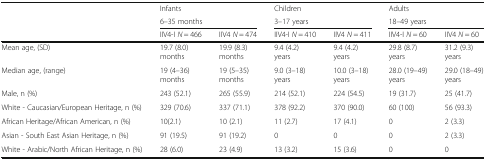
|  | <COLSPAN=2> Infants | <COLSPAN=2> Children | <COLSPAN=2> Adults |
 |  | <COLSPAN=2> 6–35 months | <COLSPAN=2> 3–17 years | <COLSPAN=2> 18–49 years |
 |  | IIV4-I N = 466 | IIV4 N = 474 | IIV4-I N = 410 | IIV4 N = 411 | IIV4-I N = 60 | IIV4 N = 60 |
 | --- | --- | --- | --- | --- | --- | --- |
 | Mean age, (SD) | 19.7 (8.0) months | 19.9 (8.3) months | 9.4 (4.2) years | 9.4 (4.2) years | 29.8 (8.7) years | 31.2 (9.3) years |
 | Median age, (range) | 19 (4–36) months | 19 (5–35) months | 9.0 (3–18) years | 10.0 (3–18) years | 28.0 (19–49) years | 29.0 (18–49) years |
 | Male, n (%) | 243 (52.1) | 265 (55.9) | 214 (52.1) | 224 (54.5) | 19 (31.7) | 25 (41.7) |
 | White - Caucasian/European Heritage, n (%) | 329 (70.6) | 337 (71.1) | 378 (92.2) | 370 (90.0) | 60 (100) | 56 (93.3) |
 | African Heritage/African American, n (%) | 10(2.1) | 10 (2.1) | 11 (2.7) | 17 (4.1) | 0 | 2 (3.3) |
 | Asian - South East Asian Heritage, n (%) | 91 (19.5) | 91 (19.2) | 0 | 0 | 0 | 2 (3.3) |
 | White - Arabic/North African Heritage, n (%) | 28 (6.0) | 23 (4.9) | 13 (3.2) | 15 (3.6) | 0 | 0 |